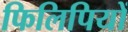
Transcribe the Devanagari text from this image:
फिलिपियों